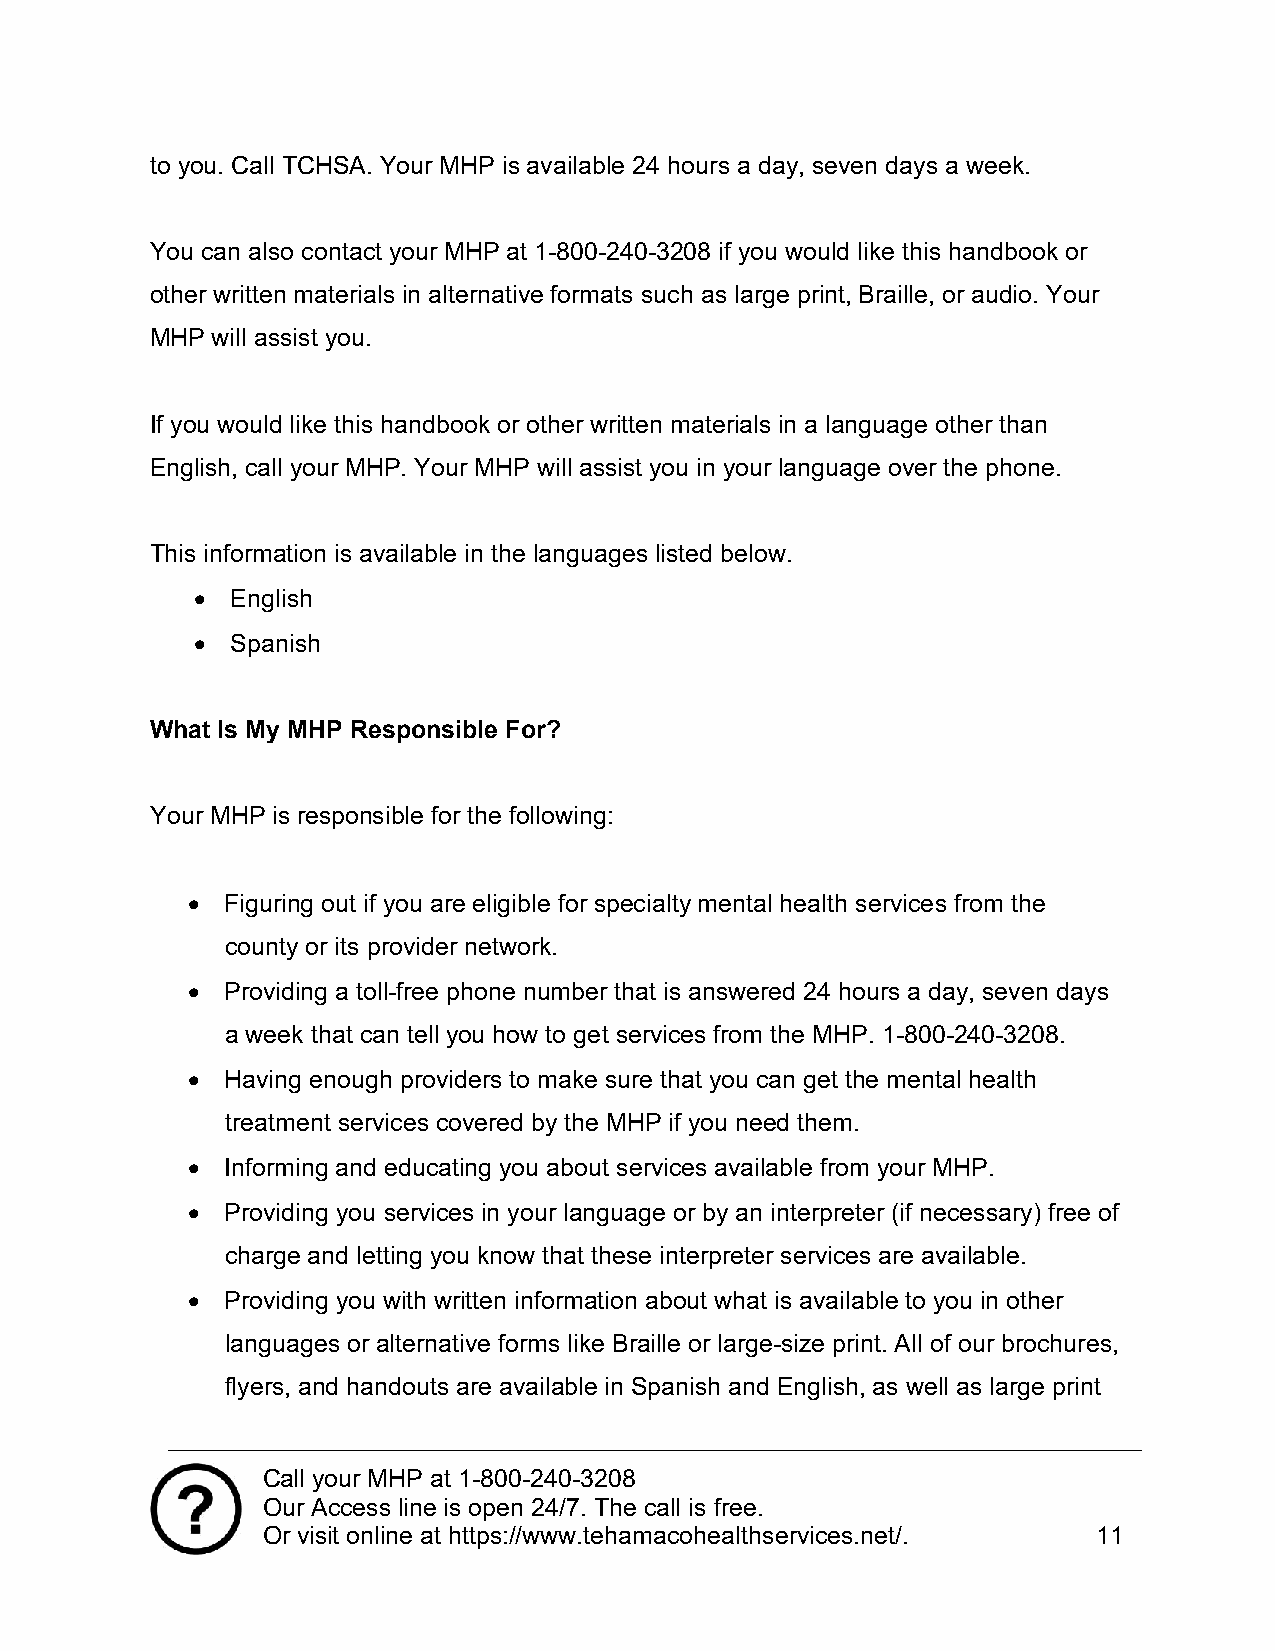
to you. Call TCHSA. Your MHP is available 24 hours a day, seven days a week.
 You can also contact your MHP at 1-800-240-3208 if you would like this handbook or
 other written materials in alternative formats such as large print, Braille, or audio. Your
 MHP will assist you.
 If you would like this handbook or other written materials in a language other than
 English, call your MHP. Your MHP will assist you in your language over the phone.
 This information is available in the languages listed below.
  English
  Spanish
 What Is My MHP Responsible For?
 Your MHP is responsible for the following:
   Figuring out if you are eligible for specialty mental health services from the
 county or its provider network.
   Providing a toll-free phone number that is answered 24 hours a day, seven days
 a week that can tell you how to get services from the MHP. 1-800-240-3208.
   Having enough providers to make sure that you can get the mental health
 treatment services covered by the MHP if you need them.
   Informing and educating you about services available from your MHP.
   Providing you services in your language or by an interpreter (if necessary) free of
 charge and letting you know that these interpreter services are available.
   Providing you with written information about what is available to you in other
 languages or alternative forms like Braille or large-size print. All of our brochures,
 flyers, and handouts are available in Spanish and English, as well as large print
 Call your MHP at 1-800-240-3208
 Our Access line is open 24/7. The call is free.
 Or visit online at https://www.tehamacohealthservices.net/. 11